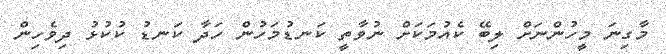
މާގިނަ މީހުންނަށް ލިބޭ ކެއުމަކަށް ނުވާތީ ކަނޑުމަހުން ހަދާ ކަނޑު ކުކުޅު ދިވެހިން